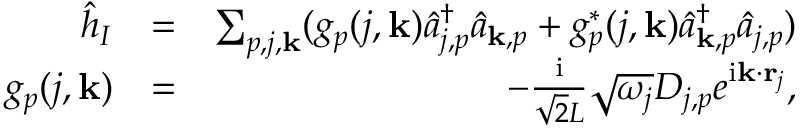
\begin{array} { r l r } { \hat { h } _ { I } } & { = } & { \sum _ { p , j , { \bf k } } ( g _ { p } ( j , { \bf k } ) \hat { a } _ { j , p } ^ { \dagger } \hat { a } _ { { \bf k } , p } + g _ { p } ^ { * } ( j , { \bf k } ) \hat { a } _ { { \bf k } , p } ^ { \dagger } \hat { a } _ { j , p } ) } \\ { g _ { p } ( j , { \bf k } ) } & { = } & { - \frac { \mathrm { i } } { \sqrt { 2 } L } \sqrt { \omega _ { j } } D _ { j , p } e ^ { \mathrm { i } { \bf k } \cdot { \bf r } _ { j } } , } \end{array}